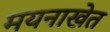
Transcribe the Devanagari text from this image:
मयनाखेत